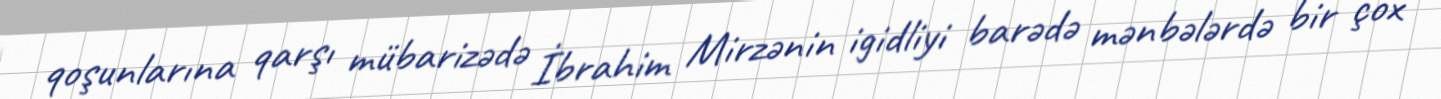
qoşunlarına qarşı mübarizədə İbrahim Mirzənin igidliyi barədə mənbələrdə bir çox